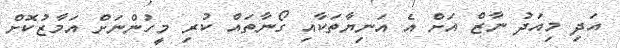
އަދި މިއަދު ނާޒް އަށް އެ އަނިޔާތަކާއި ގޯނާތައް ކުރި މީހުންނަށް އަމާޒުކޮށް